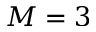
M = 3